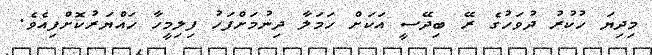
މިދިޔަ ހުކުރު ދުވަހުގެ ރޭ ބިދޭސީ އަކަށް ހަމަލާ ދިނުމަށްފަހު ފިލިމީހާ ހައްޔަރުކޮށްފިއެވެ.